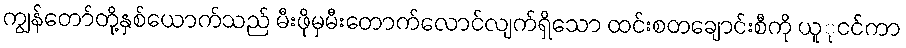
ကျွန်တော်တို့နှစ်ယောက်သည် မီးဖိုမှမီးတောက်လောင်လျက်ရှိသော ထင်းစတချောင်းစီကို ယူုငင်ကာ